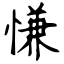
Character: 慊